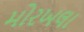
મોરખલા